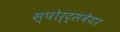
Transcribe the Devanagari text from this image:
स्पोर्ट्सवेयर